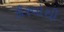
કૌરવોથી